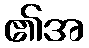
၏အ